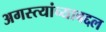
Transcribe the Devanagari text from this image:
अगस्त्यांच्याबद्दल